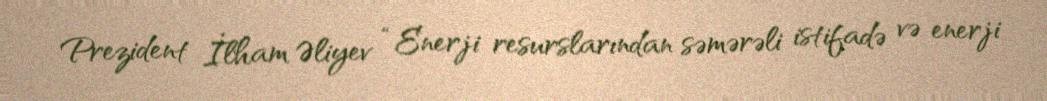
Prezident İlham Əliyev “Enerji resurslarından səmərəli istifadə və enerji